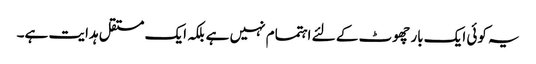
یہ کوئی ایک بار چھوٹ کے لئے اہتمام نہیں ہے بلکہ ایک مستقل ہدایت ہے۔